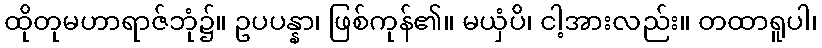
ထိုတုမဟာရာဇ်ဘုံ၌။ ဥပပန္နာ၊ ဖြစ်ကုန်၏။ မယှံပိ၊ ငါ့အားလည်း။ တထာရူပါ၊